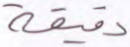
دقيقة